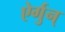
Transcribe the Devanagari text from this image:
ऐर्गुन्